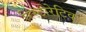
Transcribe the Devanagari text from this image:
रिस्टोरेटिव